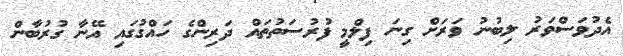
އެދުވަސްވަރު ލިބުނު ވަރަށް ގިނަ ފިލްމީ ފުރުސަތުތައް ދަރިންގެ ހައްގުގައި އޭނާ ގުރުބާން